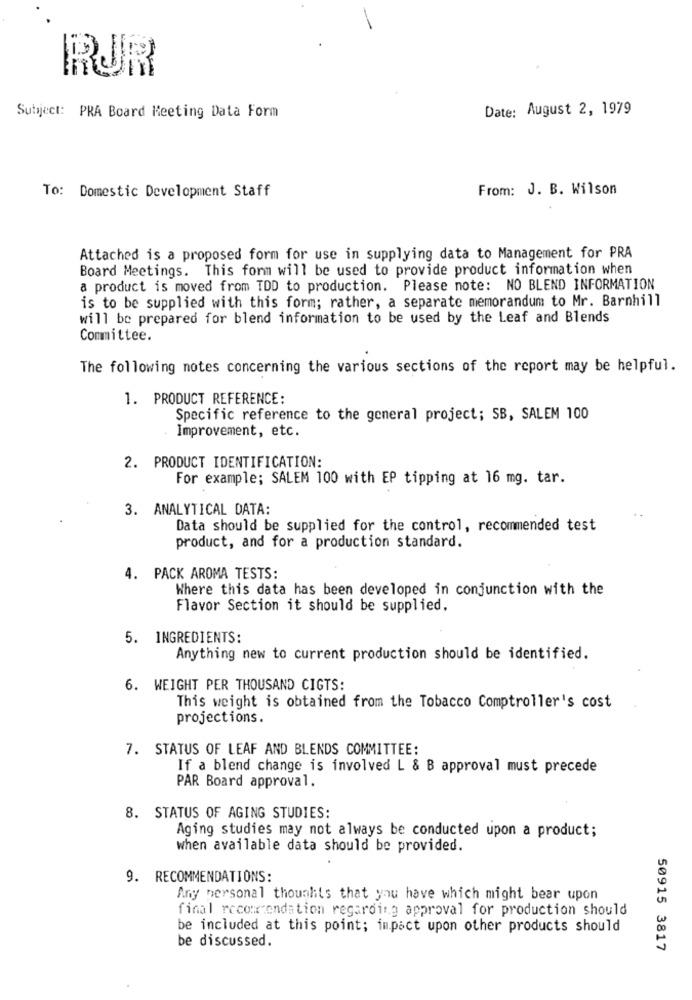
RUR
Date: August 2, 1979
Subject: PRA Board Meeting Data Form
From: J. B. Wilson
To: Domestic Development Staff
Attached is a proposed form for use in supplying data to Management for PRA
Board Meetings. This form will be used to provide product information when
a product is moved from TDD to production. Please note: NO BLEND INFORMATION
is to be supplied with this form; rather, a separate memorandum to Mr. Barnhill
will be prepared for blend information to be used by the Leaf and Blends
Committee.
The following notes concerning the various sections of the report may be helpful.
1. PRODUCT REFERENCE:
Specific reference to the general project; SB, SALEM 100
Improvement, etc.
2. PRODUCT IDENTIFICATION:
For example; SALEM 100 with EP tipping at 16 mg. tar.
3. ANALYTICAL DATA:
Data should be supplied for the control, recommended test
product, and for a production standard.
4. PACK AROMA TESTS:
Where this data has been developed in conjunction with the
Flavor Section it should be supplied.
5. INGREDIENTS:
Anything new to current production should be identified.
6. WEIGHT PER THOUSAND CIGTS:
This weight is obtained from the Tobacco Comptroller's cost
projections.
7. STATUS OF LEAF AND BLENDS COMMITTEE:
If a blend change is involved L & B approval must precede
PAR Board approval.
8. STATUS OF AGING STUDIES:
Aging studies may not always be conducted upon a product;
when available data should be provided.
9. RECOMMENDATIONS:
Any personal thoughts that you have which might bear upon
final recommendation regarding approval for production should
be included at this point; impact upon other products should
be discussed.
50915 3817